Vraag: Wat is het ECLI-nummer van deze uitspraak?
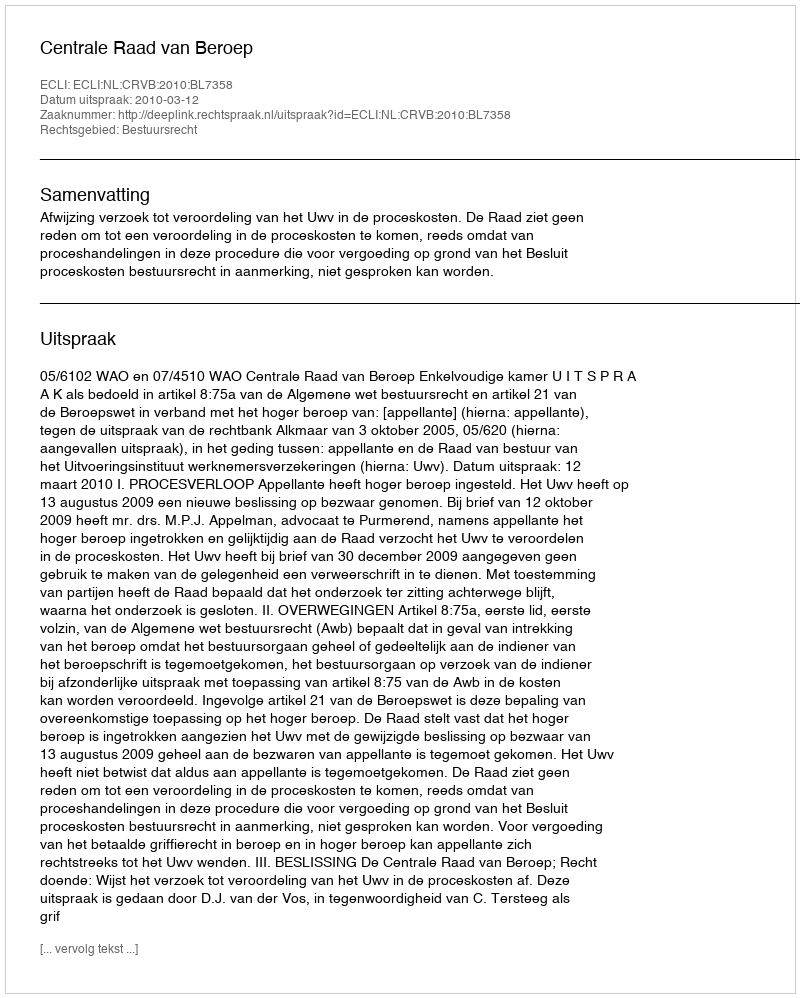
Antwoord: ECLI:NL:CRVB:2010:BL7358